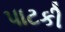
પાટકી